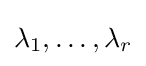
\lambda _{1},\dots ,\lambda _{r}